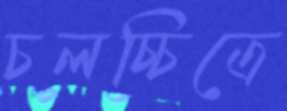
চলচ্চিত্রে